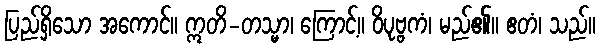
ပြည်ရှိသော အကောင်။ ဣတိ-တသ္မာ၊ ကြောင့်။ ဝိပုဗ္ဗကံ၊ မည်၏။ ဧတံ၊ သည်။